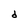
Character: d